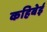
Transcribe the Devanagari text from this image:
कहिबेई